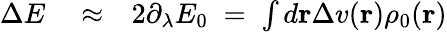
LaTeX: \begin{array}{rlr}{\Delta E}&{{}\approx}&{2\partial_{\lambda}E_{0}\; =\; \int d{\mathbf r}\Delta v({\mathbf r})\rho_{0}({\mathbf r})}\end{array}